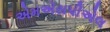
એમએસપીએલ